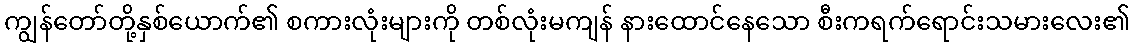
ကျွန်တော်တို့နှစ်ယောက်၏ စကားလုံးများကို တစ်လုံးမကျန် နားထောင်နေသော စီးကရက်ရောင်းသမားလေး၏